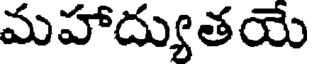
మహాద్యుతయే